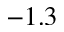
- 1 . 3